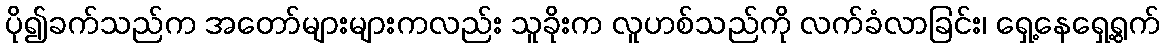
ပို၍ခက်သည်က အတော်များများကလည်း သူခိုးက လူဟစ်သည်ကို လက်ခံလာခြင်း၊ ရှေ့နေရှေ့ရွက်